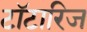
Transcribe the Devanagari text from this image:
टॉटारिज